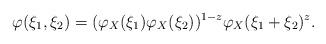
LaTeX: \begin{align*}\varphi(\xi_1, \xi_2) = (\varphi_X(\xi_1) \varphi_X(\xi_2))^{1-z} \varphi_X(\xi_1+\xi_2)^{z}.\end{align*}